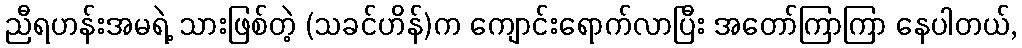
ညီရဟန်းအမရဲ့ သားဖြစ်တဲ့ (သခင်ဟိန်)က ကျောင်းရောက်လာပြီး အတော်ကြာကြာ နေပါတယ်,